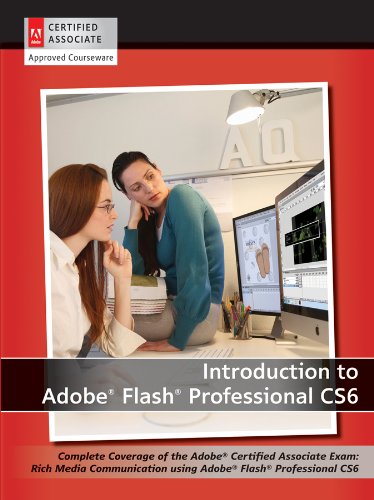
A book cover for Introduction to Adobe Flash Professional CS6 with ACA Certification; AGI Creative Team; Computers & Technology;